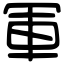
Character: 軍